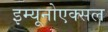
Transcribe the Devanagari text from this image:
इम्यूनोएक्सल